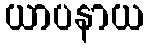
ယာပနာယ